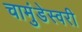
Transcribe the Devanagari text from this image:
चामुंडेस्वरी